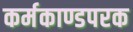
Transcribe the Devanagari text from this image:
कर्मकाण्डपरक